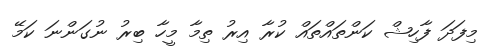
މިފަދަ ފާހިޝް ކަންތައްތައް ކުރާ އިރު ތިމާ މީހާ ބިރު ނުގަންނަ ކަމޭ